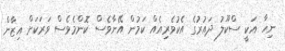
ނިހާ އަކީ ސްކޫލު ދައުރުގެ އެކުވެރިއެއް ކަމުން އޭނާވެސް ކޮންމެވެސް ވަރަކަށް އިޒާން